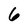
Character: 6